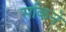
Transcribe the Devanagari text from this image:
सकिने